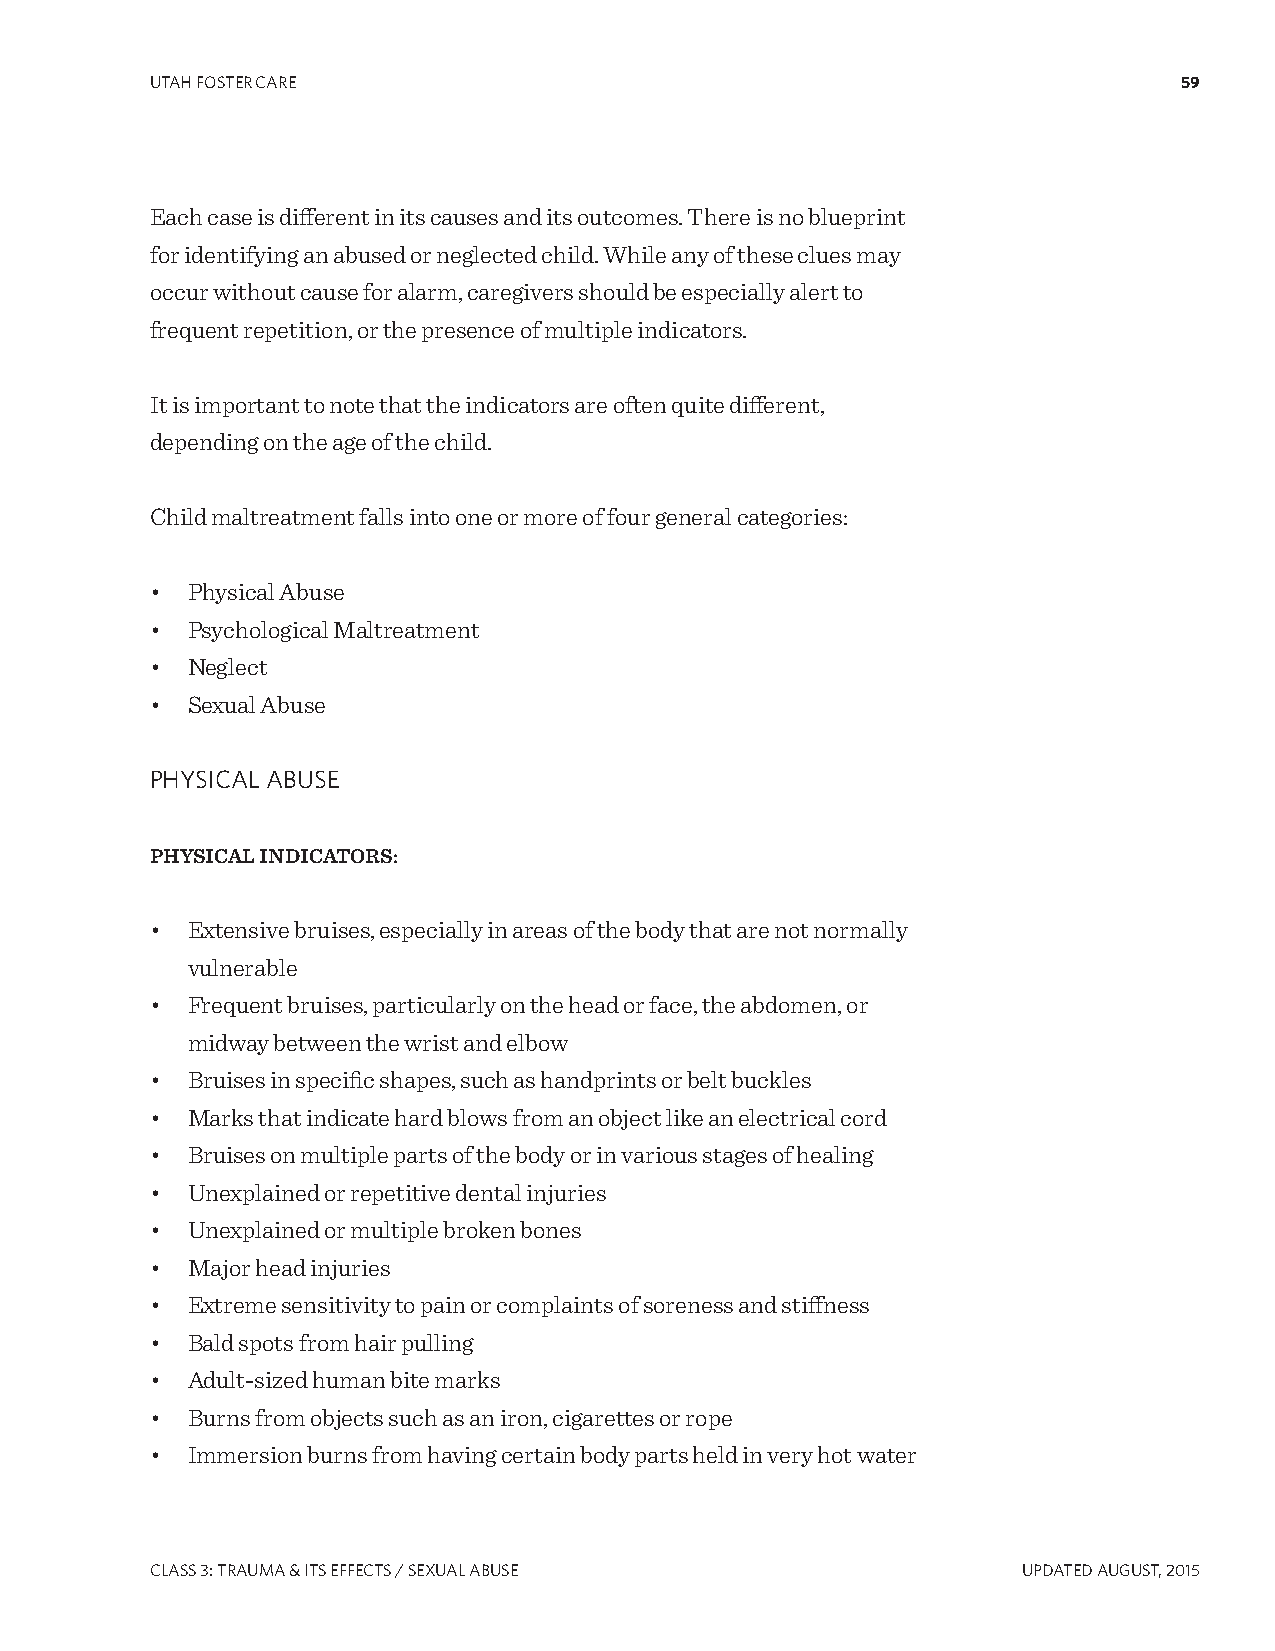
UTAH FOSTER CARE                                                    59
 Each case is different in its causes and its outcomes. There is no blueprint
 for identifying an abused or neglected child. While any of these clues may
 occur without cause for alarm, caregivers should be especially alert to
 frequent repetition, or the presence of multiple indicators.
 It is important to note that the indicators are often quite different,
 depending on the age of the child.
 Child maltreatment falls into one or more of four general categories:
 • Physical Abuse
 • Psychological Maltreatment
 • Neglect
 • Sexual Abuse
 PHYSICAL ABUSE
 PHYSICAL INDICATORS:
 • Extensive bruises, especially in areas of the body that are not normally
 vulnerable
 • Frequent bruises, particularly on the head or face, the abdomen, or
 midway between the wrist and elbow
 • Bruises in specific shapes, such as handprints or belt buckles
 • Marks that indicate hard blows from an object like an electrical cord
 • Bruises on multiple parts of the body or in various stages of healing
 • Unexplained or repetitive dental injuries
 • Unexplained or multiple broken bones
 • Major head injuries
 • Extreme sensitivity to pain or complaints of soreness and stiffness
 • Bald spots from hair pulling
 • Adult-sized human bite marks
 • Burns from objects such as an iron, cigarettes or rope
 • Immersion burns from having certain body parts held in very hot water
 CLASS 3: TRAUMA & ITS EFFECTS / SEXUAL ABUSE              UPDATED AUgUST, 2015